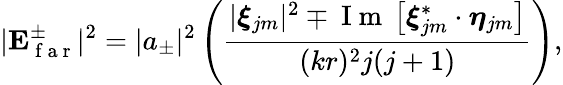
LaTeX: |\mathbf{E}_{\mathrm{~f~a~r~}}^{\pm}|^{2}=|a_{\pm}|^{2}\left(\frac{|\boldsymbol{\xi}_{jm}|^{2}\mp\mathrm{~I~m~}\left[\boldsymbol{\xi}_{jm}^{*}\cdot\boldsymbol{\eta}_{jm}\right]}{(kr)^{2}j(j+1)}\right),